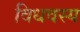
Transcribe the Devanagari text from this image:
विधवस्य